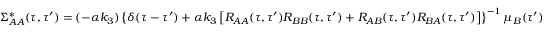
\Sigma _ { A A } ^ { * } ( \tau , \tau ^ { \prime } ) = ( - \alpha k _ { 3 } ) \left\{ \delta ( \tau - \tau ^ { \prime } ) + \alpha k _ { 3 } \left[ R _ { A A } ( \tau , \tau ^ { \prime } ) R _ { B B } ( \tau , \tau ^ { \prime } ) + R _ { A B } ( \tau , \tau ^ { \prime } ) R _ { B A } ( \tau , \tau ^ { \prime } ) \right] \right\} ^ { - 1 } \mu _ { B } ( \tau ^ { \prime } )